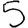
Digit: 5